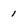
Character: 1